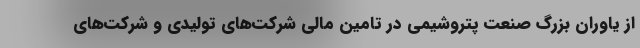
از یاوران بزرگ صنعت پتروشیمی در تامین مالی شرکت‌های تولیدی و شرکت‌های